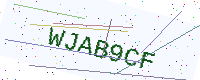
Text: WJAB9CF